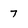
Character: 7